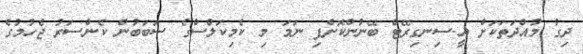
ދިގު މުއްދަތަކަށް އީ-ސިނގިރޭޓް ބޭނުންކޮށްފި ނަމަ މި ކެމިކަލްސްގެ ސަބަބުން ކެންސަރު ޖެހުމުގެ